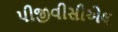
પીજીવીસીએલ